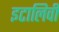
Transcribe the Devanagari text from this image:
इटालिवी